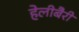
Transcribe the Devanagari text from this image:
हेलीबैरी